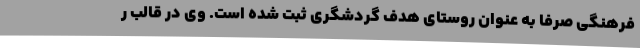
فرهنگی صرفا به عنوان روستای هدف گردشگری ثبت شده است. وی در قالب ر